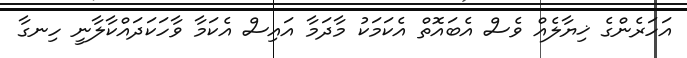
އަހަރެންގެ ޚިޔާލެއް ވެސް އެބައޮތް އެކަމަކު މާދަމާ އައިސް އެކަމާ ވާހަކަދައްކާލާނީ ހިނގާ